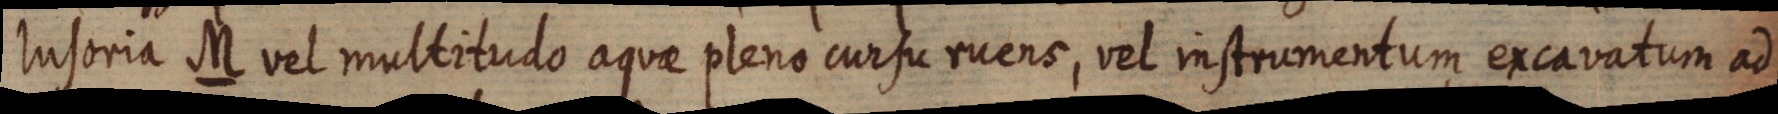
lusoria M vel multitudo aquae pleno cursu ruens, vel instrumentum excavatum ad